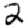
Digit: 2